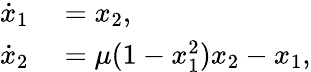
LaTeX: \begin{array}{rl}{\dot{x}_{1}}&{{}=x_{2},}\\ {\dot{x}_{2}}&{{}=\mu(1-x_{1}^{2})x_{2}-x_{1},}\end{array}